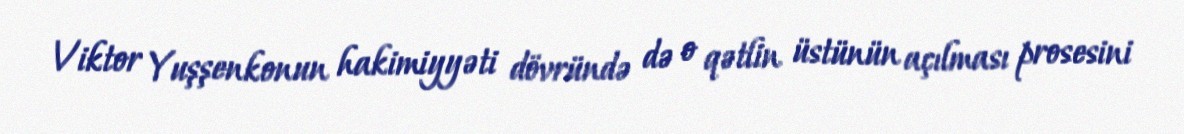
Viktor Yuşşenkonun hakimiyyəti dövründə də o qətlin üstünün açılması prosesini